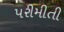
પરીમીતી